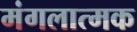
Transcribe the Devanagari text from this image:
मंगलात्मक